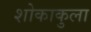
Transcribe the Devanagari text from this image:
शोकाकुला